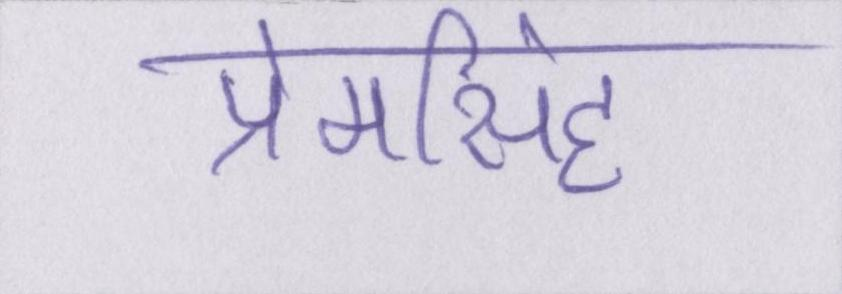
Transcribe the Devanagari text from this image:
प्रेमसिंह